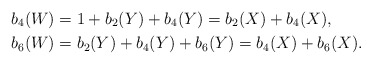
\begin{align*}b_4(W)&=1+b_2(Y)+b_4(Y)=b_2(X)+b_4(X),\\b_6(W)&=b_2(Y)+b_4(Y)+b_6(Y)=b_4(X)+b_6(X).\end{align*}